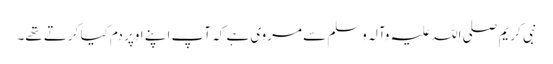
نبی کریم صلی اللہ علیہ وآلہ وسلم سے مروی ہے کہ آپ اپنے اوپر دم کیا کرتے تھے۔